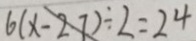
6 ( x - 2 7 ) \div 2 = 2 4